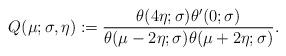
LaTeX: \begin{align*}Q(\mu; \sigma, \eta) := \frac{\theta(4\eta; \sigma) \theta'(0; \sigma)}{\theta(\mu - 2\eta; \sigma) \theta(\mu + 2\eta; \sigma)}.\end{align*}